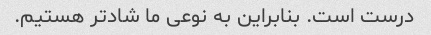
درست است. بنابراین به نوعی ما شادتر هستیم.